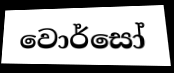
වොර්සෝ